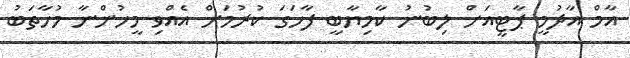
އާމް އާދުމީ ޕާޓީއަށް ލިބުނު ކާމިޔާބީ ފާހަގަ ކުރުމަށް އެއްވި މީހުންނާ މުހާތަބު